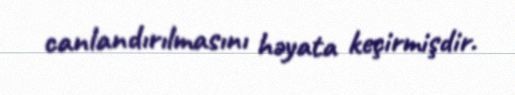
canlandırılmasını həyata keçirmişdir.